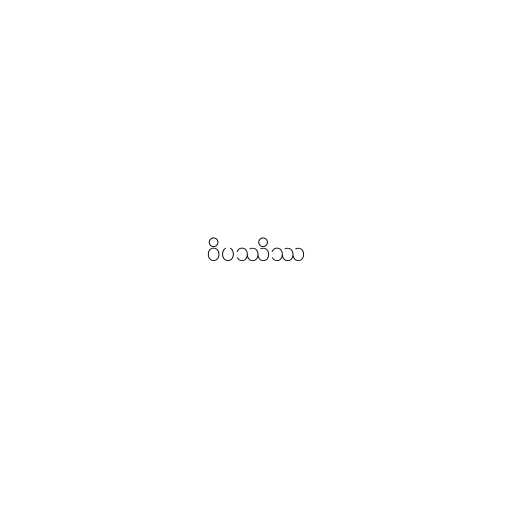
ဝိပဿိဿ